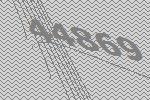
44869